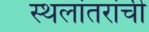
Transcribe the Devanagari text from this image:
स्थलांतरांची